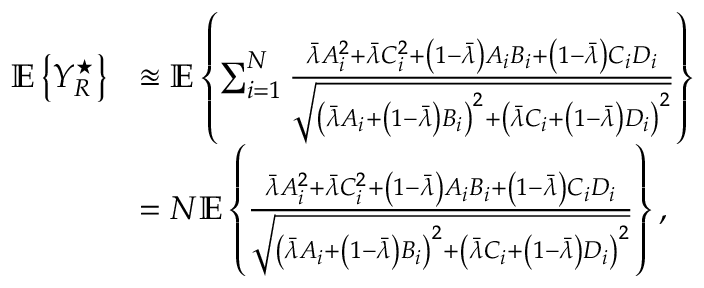
\begin{array} { r l } { \mathbb { E } \left\{ Y _ { R } ^ { \star } \right\} } & { \approxeq \mathbb { E } \left\{ \sum _ { i = 1 } ^ { N } \frac { \bar { \lambda } A _ { i } ^ { 2 } + \bar { \lambda } C _ { i } ^ { 2 } + \left( 1 - \bar { \lambda } \right) A _ { i } B _ { i } + \left( 1 - \bar { \lambda } \right) C _ { i } D _ { i } } { \sqrt { \left( \bar { \lambda } A _ { i } + \left( 1 - \bar { \lambda } \right) B _ { i } \right) ^ { 2 } + \left( \bar { \lambda } C _ { i } + \left( 1 - \bar { \lambda } \right) D _ { i } \right) ^ { 2 } } } \right\} } \\ & { = N \mathbb { E } \left\{ \frac { \bar { \lambda } A _ { i } ^ { 2 } + \bar { \lambda } C _ { i } ^ { 2 } + \left( 1 - \bar { \lambda } \right) A _ { i } B _ { i } + \left( 1 - \bar { \lambda } \right) C _ { i } D _ { i } } { \sqrt { \left( \bar { \lambda } A _ { i } + \left( 1 - \bar { \lambda } \right) B _ { i } \right) ^ { 2 } + \left( \bar { \lambda } C _ { i } + \left( 1 - \bar { \lambda } \right) D _ { i } \right) ^ { 2 } } } \right\} , } \end{array}